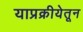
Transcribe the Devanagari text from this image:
याप्रक्रीयेतून